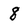
Character: 8